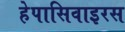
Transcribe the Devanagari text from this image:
हेपासिवाइरस